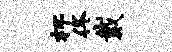
杯佟戴